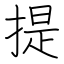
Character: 提